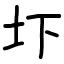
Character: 圷